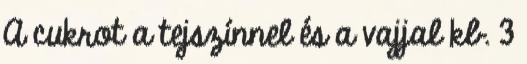
A cukrot a tejszínnel és a vajjal kb. 3